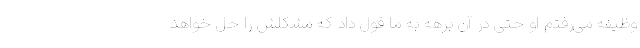
وظیفه می‌رفتم او حتی در آن برهه به ما قول داد که مشکلش را حل خواهد